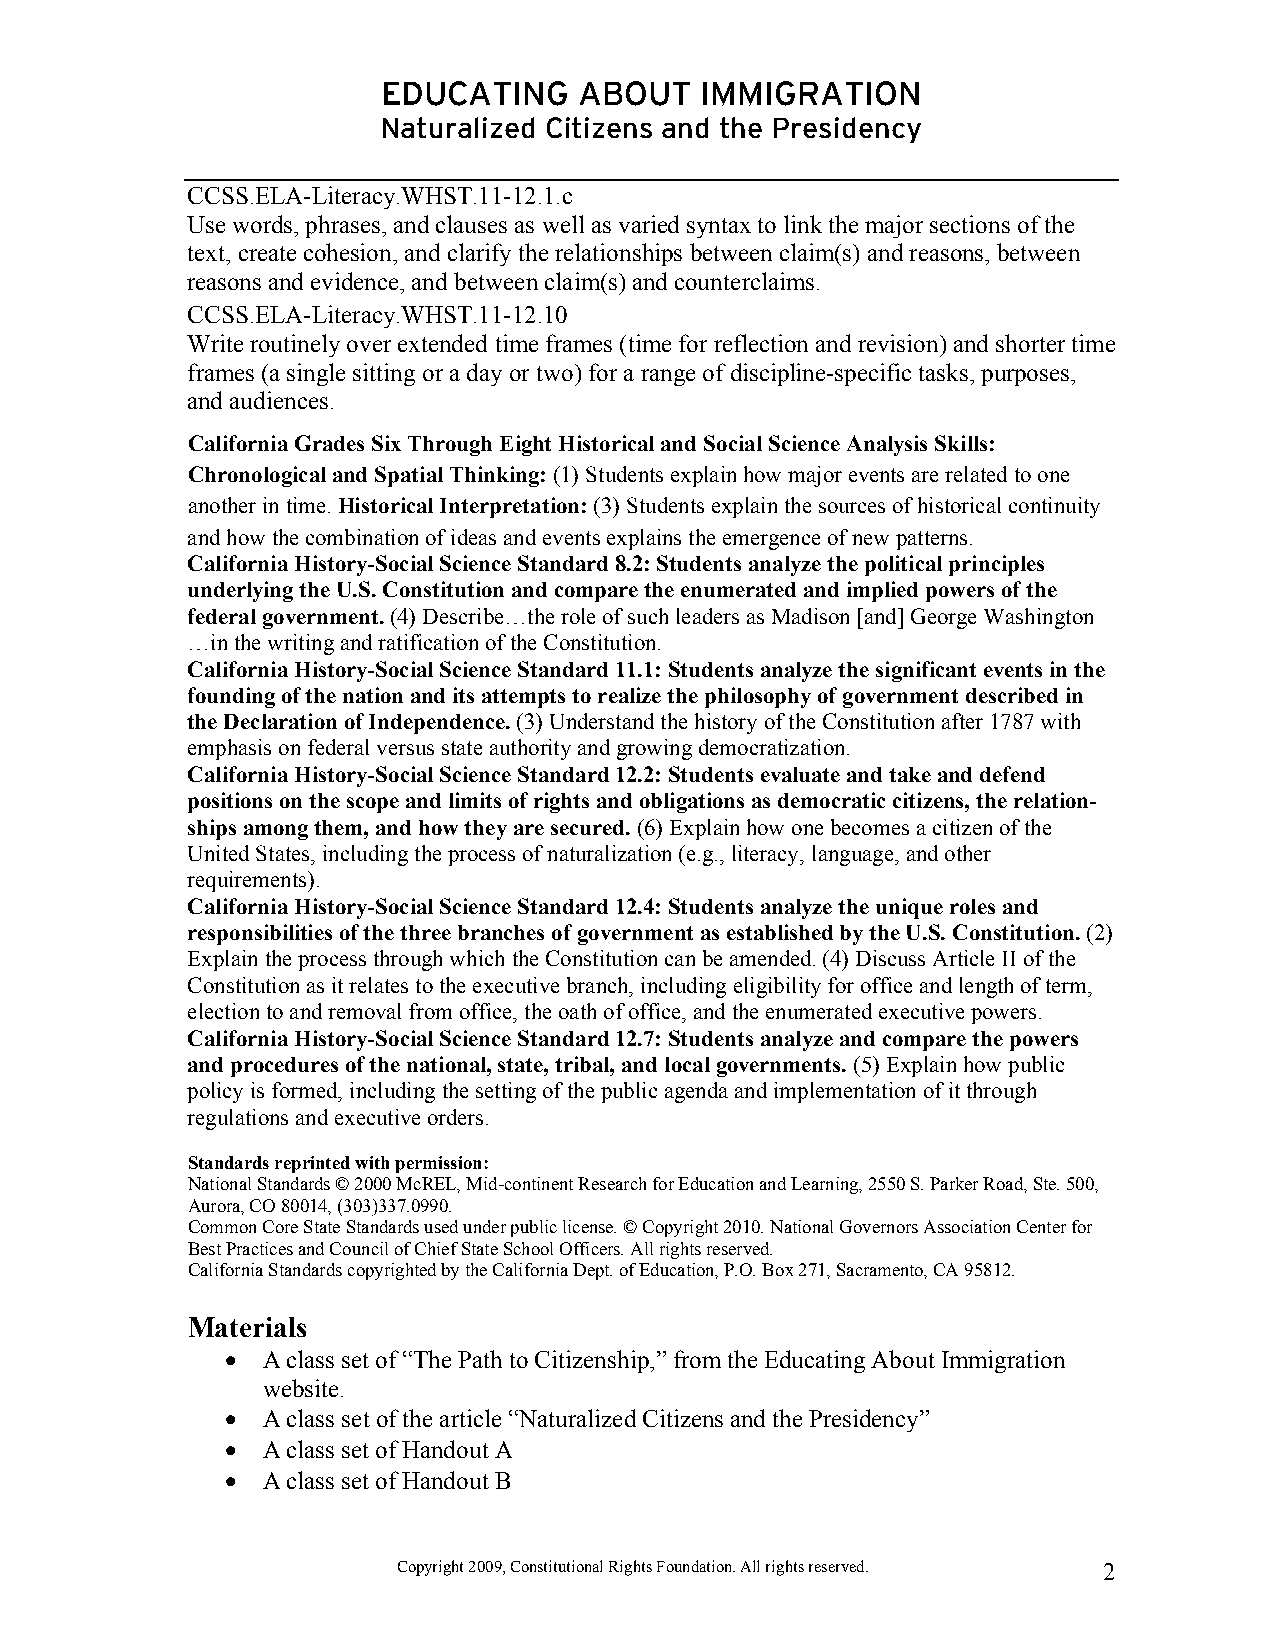
EDUCATING    ABOUT   IMMIGRATION
 Naturalized Citizens and the Presidency
 CCSS.ELA-Literacy.WHST.11-12.1.c
 Use words, phrases, and clauses as well as varied syntax to link the major sections of the
 text, create cohesion, and clarify the relationships between claim(s) and reasons, between
 reasons and evidence, and between claim(s) and counterclaims.
 CCSS.ELA-Literacy.WHST.11-12.10
 Write routinely over extended time frames (time for reflection and revision) and shorter time
 frames (a single sitting or a day or two) for a range of discipline-specific tasks, purposes,
 and audiences.
 California Grades Six Through Eight Historical and Social Science Analysis Skills:
 Chronological and Spatial Thinking: (1) Students explain how major events are related to one
 another in time. Historical Interpretation: (3) Students explain the sources of historical continuity
 and how the combination of ideas and events explains the emergence of new patterns.
 California History-Social Science Standard 8.2: Students analyze the political principles
 underlying the U.S. Constitution and compare the enumerated and implied powers of the
 federal government. (4) Describe…the role of such leaders as Madison [and] George Washington
 …in the writing and ratification of the Constitution.
 California History-Social Science Standard 11.1: Students analyze the significant events in the
 founding of the nation and its attempts to realize the philosophy of government described in
 the Declaration of Independence. (3) Understand the history of the Constitution after 1787 with
 emphasis on federal versus state authority and growing democratization.
 California History-Social Science Standard 12.2: Students evaluate and take and defend
 positions on the scope and limits of rights and obligations as democratic citizens, the relation-
 ships among them, and how they are secured. (6) Explain how one becomes a citizen of the
 United States, including the process of naturalization (e.g., literacy, language, and other
 requirements).
 California History-Social Science Standard 12.4: Students analyze the unique roles and
 responsibilities of the three branches of government as established by the U.S. Constitution. (2)
 Explain the process through which the Constitution can be amended. (4) Discuss Article II of the
 Constitution as it relates to the executive branch, including eligibility for office and length of term,
 election to and removal from office, the oath of office, and the enumerated executive powers.
 California History-Social Science Standard 12.7: Students analyze and compare the powers
 and procedures of the national, state, tribal, and local governments. (5) Explain how public
 policy is formed, including the setting of the public agenda and implementation of it through
 regulations and executive orders.
 Standards reprinted with permission:
 National Standards © 2000 McREL, Mid-continent Research for Education and Learning, 2550 S. Parker Road, Ste. 500,
 Aurora, CO 80014, (303)337.0990.
 Common Core State Standards used under public license. © Copyright 2010. National Governors Association Center for
 Best Practices and Council of Chief State School Officers. All rights reserved.
 California Standards copyrighted by the California Dept. of Education, P.O. Box 271, Sacramento, CA 95812.
 Materials
 • A class set of “The Path to Citizenship,” from the Educating About Immigration
 website.
 • A class set of the article “Naturalized Citizens and the Presidency”
 • A class set of Handout A
 • A class set of Handout B
 Copyright 2009, Constitutional Rights Foundation. All rights reserved. 2